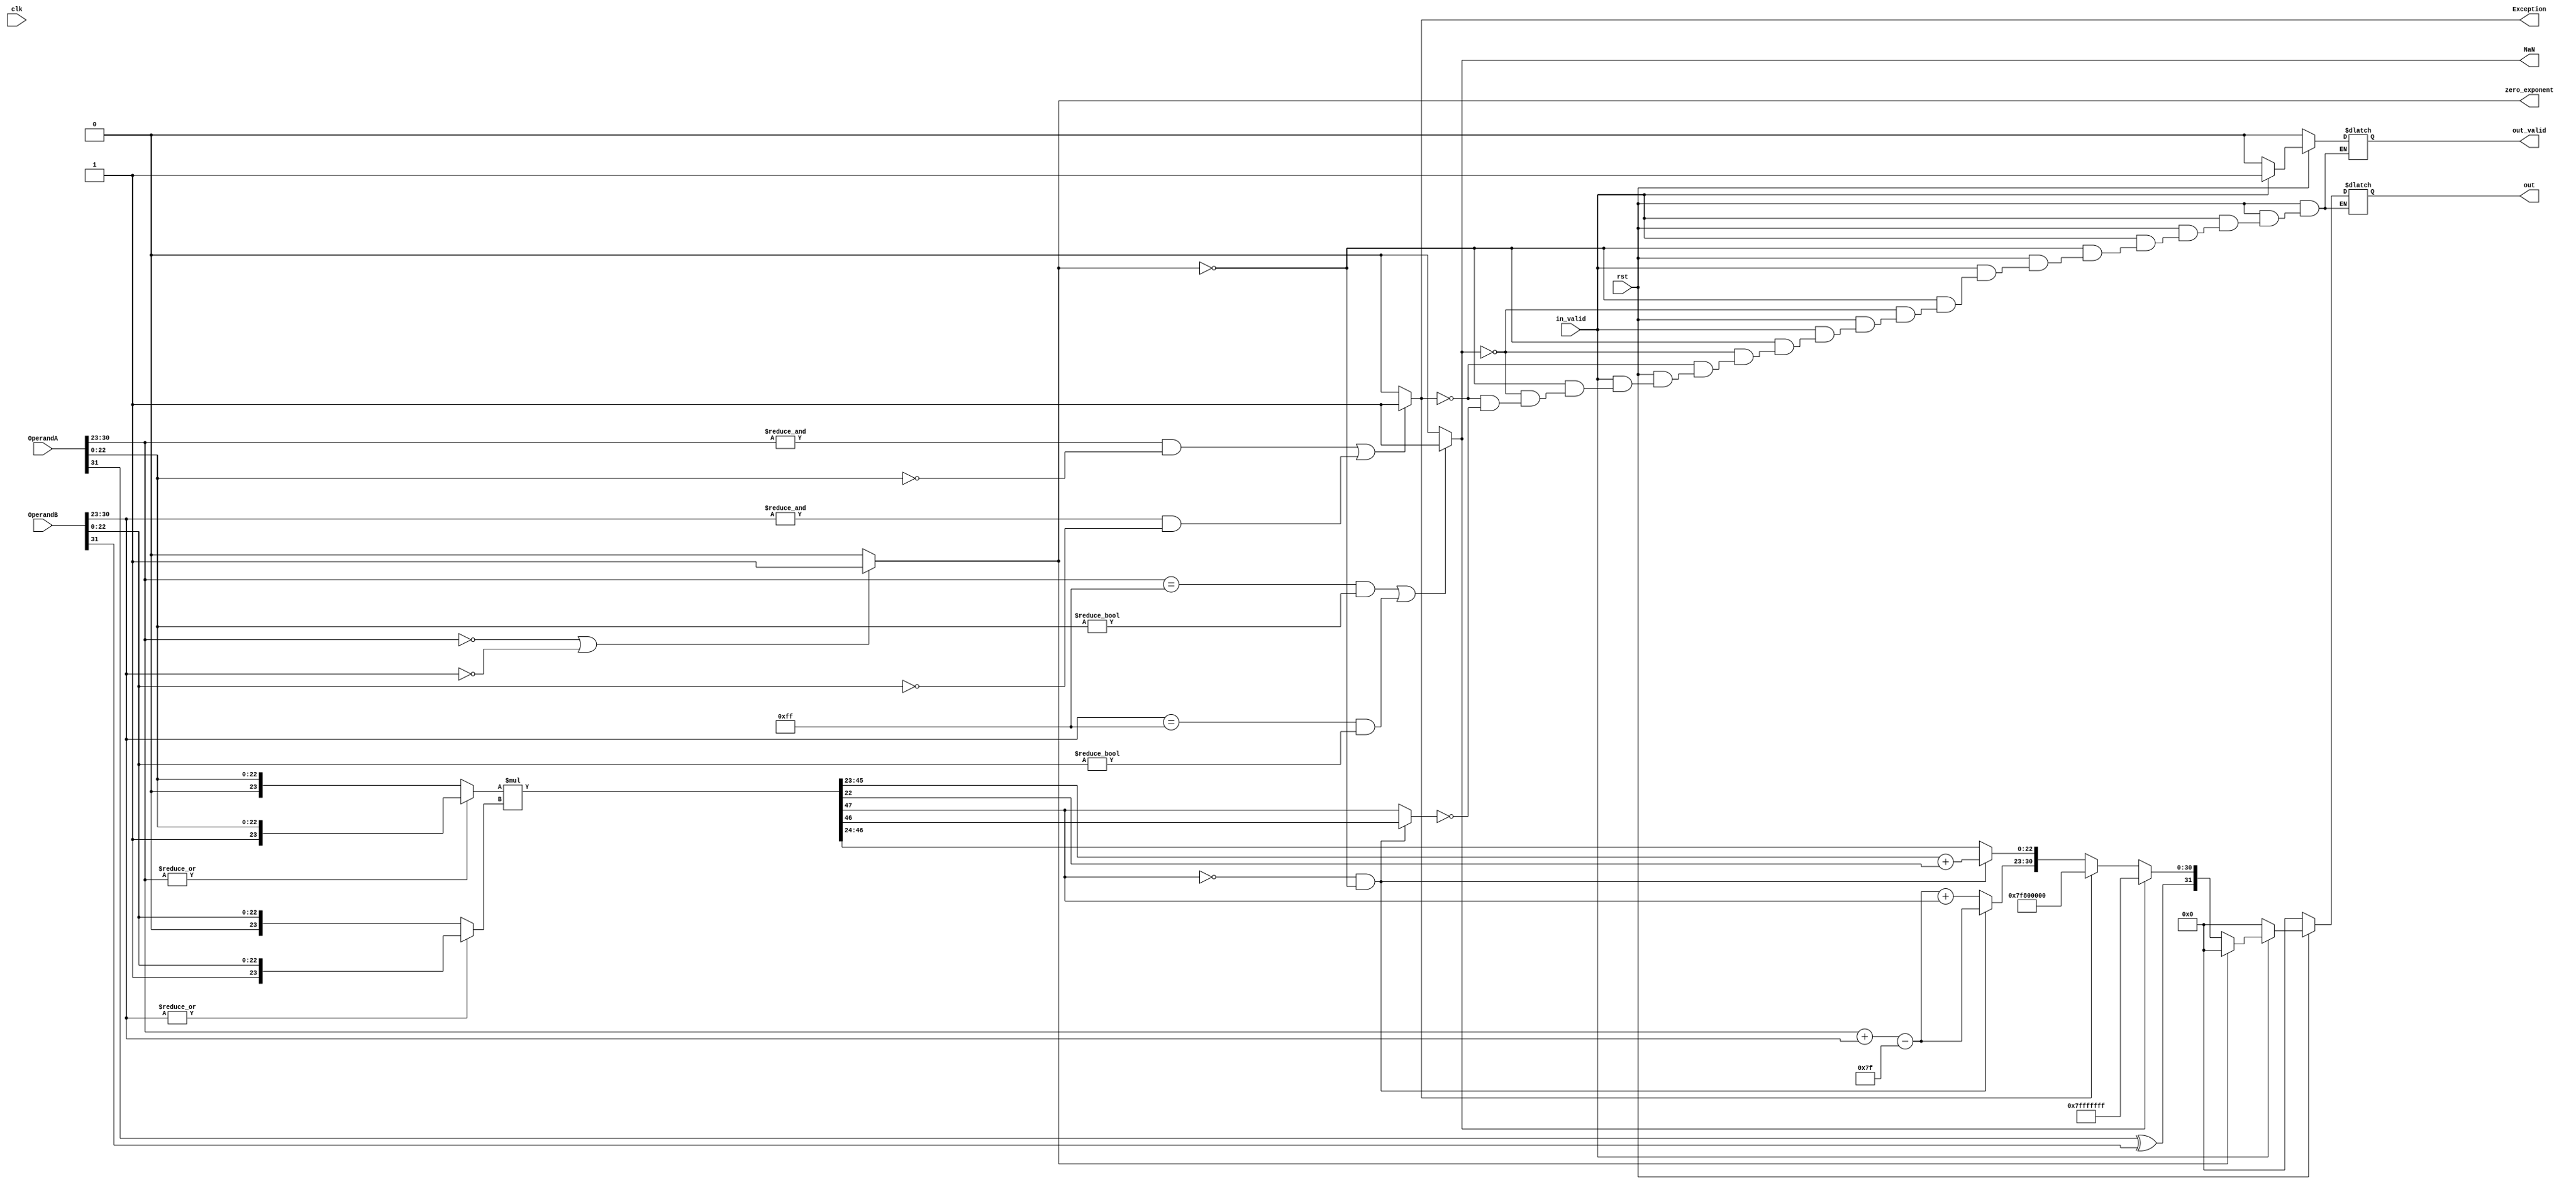
module floating_Mult(
    input               clk, 
    input               rst,
    input       [31:0]  OperandA,
    input       [31:0]  OperandB,
    input               in_valid,
    output              zero_exponent, // to check if mantissa product is already zero_exponent so no need for normalization
    output              Exception, // to handle special case i.e., exponent is 255, the value is infinity
    output              NaN, // if all operand = 1
    output reg          out_valid,
    output reg  [31:0]  out
);

    reg sign_out;
    reg normalize; // to check normalization
    reg [7:0] Exponent_out;
    reg [22:0] Mantissa_out;
    reg [23:0] OperandA_reg, OperandB_reg; // to set the implicit bit before multiplying
    reg [47:0] Mantissa_product;

    localparam BIAS = 127;

    always @(*) begin
        if(~rst) begin
            out = 32'b0;
            out_valid = 1'b0;
        end
        else if(in_valid) begin 

            // Calculating Sign
            sign_out = OperandA[31] ^ OperandB[31];

            // Calculating Mantissa
            //setting the implicit bit, it will be 1 unless exponent is 0
       		OperandA_reg = (|OperandA[30:23]) ? {1'b1, OperandA[22:0]} : {1'b0, OperandA[22:0]};
            OperandB_reg = (|OperandB[30:23]) ? {1'b1, OperandB[22:0]} : {1'b0, OperandB[22:0]};

            Mantissa_product = OperandA_reg * OperandB_reg;

            normalize = Mantissa_product[47]; // checking normalization

            if(~normalize && ~zero_exponent) begin
      			Mantissa_product = Mantissa_product << 1 ;
      			Mantissa_out = Mantissa_product[46:24] + Mantissa_product[23] ; //for rounding
      			normalize = Mantissa_product[47];
      			Exponent_out = (OperandA[30:23] + OperandB[30:23] - BIAS);
    		end
  			else begin
  				Mantissa_out = Mantissa_product [46:24]; // no rounding already normalized
  				Exponent_out = (OperandA[30:23] + OperandB[30:23] - BIAS) + normalize;
  			end

            if (zero_exponent) begin
                out = 32'b0;
                out_valid = 1'b1;
            end
            else if(NaN) begin
                out = {sign_out,8'b1111_1111, 23'b111_1111_1111_1111_1111_1111};
                out_valid = 1'b1;
            end
            else if(Exception) begin
                out = {sign_out,8'b1111_1111,23'b0};
                out_valid = 1'b1;
            end
            else if (normalize) begin
                out = {sign_out, Exponent_out, Mantissa_out};
                out_valid = 1'b1;
            end
        end
        else begin // ~in_valid
            out = 32'b0;
            out_valid = 1'b0;
        end
    end

    assign Exception = ( ( (&OperandA[30:23]) && (OperandA[22:0] == 0) )   || ( (&OperandB[30:23]) && (OperandB[22:0] == 0) ) ) ? 1'b1 : 1'b0;
    assign zero_exponent = ((OperandA[30:23] == 0) | (OperandB[30:23] == 0)) ? 1'b1 : 1'b0;
    assign NaN =( ( (OperandA[30:23] == 8'b1111_1111) && (OperandA [22:0] != 23'b0) ) || ( (OperandB[30:23] == 8'b1111_1111) && (OperandB [22:0] != 23'b0) ) ) ? 1 : 0; 


endmodule